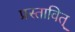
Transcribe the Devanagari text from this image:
प्रस्तावित्